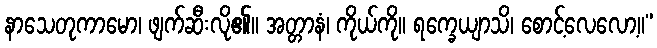
နာသေတုကာမော၊ ဖျက်ဆီးလို၏။ အတ္တာနံ၊ ကိုယ်ကို။ ရက္ခေယျာသိ၊ စောင့်လေလော့။”